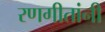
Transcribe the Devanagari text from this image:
रणगीतांनी